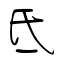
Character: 氐